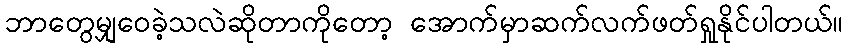
ဘာတွေမျှဝေခဲ့သလဲဆိုတာကိုတော့ အောက်မှာဆက်လက်ဖတ်ရှုနိုင်ပါတယ်။